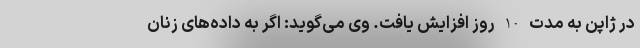
در ژاپن به مدت 10 روز افزایش یافت. وی می‌گوید: اگر به داده‌های زنان